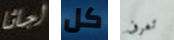
اجاثا كل تعرف